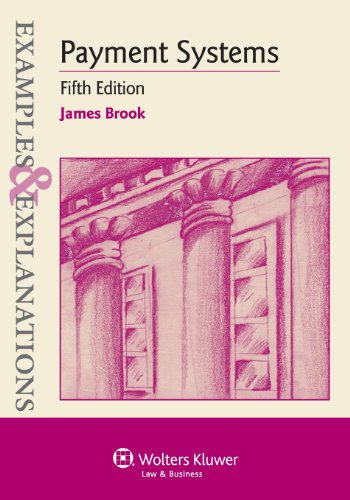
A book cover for Examples & Explanations: Payment Systems, Fifth Edition; James Brook; Law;